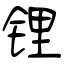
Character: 锂